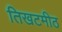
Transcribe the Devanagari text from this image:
तिखटमीठ